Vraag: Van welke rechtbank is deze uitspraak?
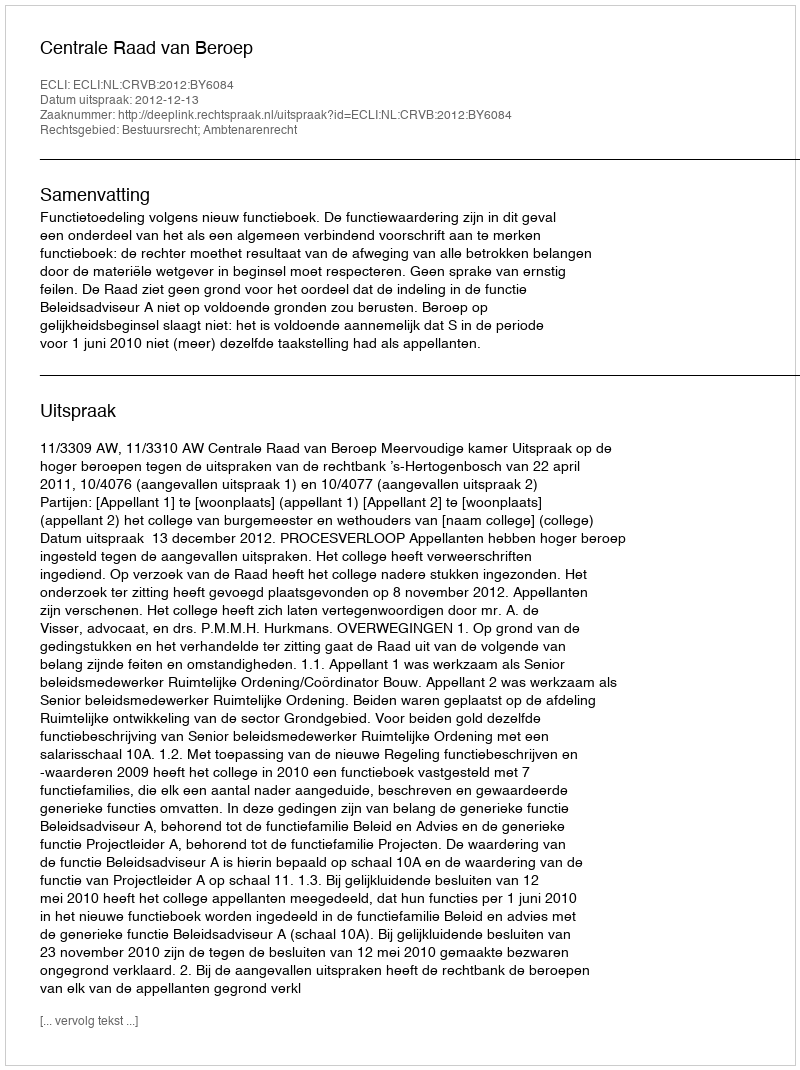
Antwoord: Centrale Raad van Beroep